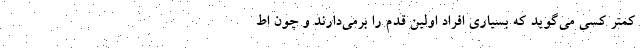
کمتر کسی می‌گوید که بسیاری افراد اولین قدم را برمی‌دارند و چون اط